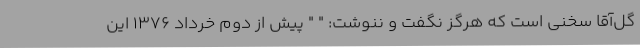
گل‌آقا سخنی است که هرگز نگفت و ننوشت: " " پیش از دوم خرداد 1376 این